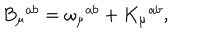
B _ { \mu } ^ { \, \, \, a b } = \omega _ { \mu } ^ { \, \, \, a b } + K _ { \mu } ^ { \, \, \, a b } ,